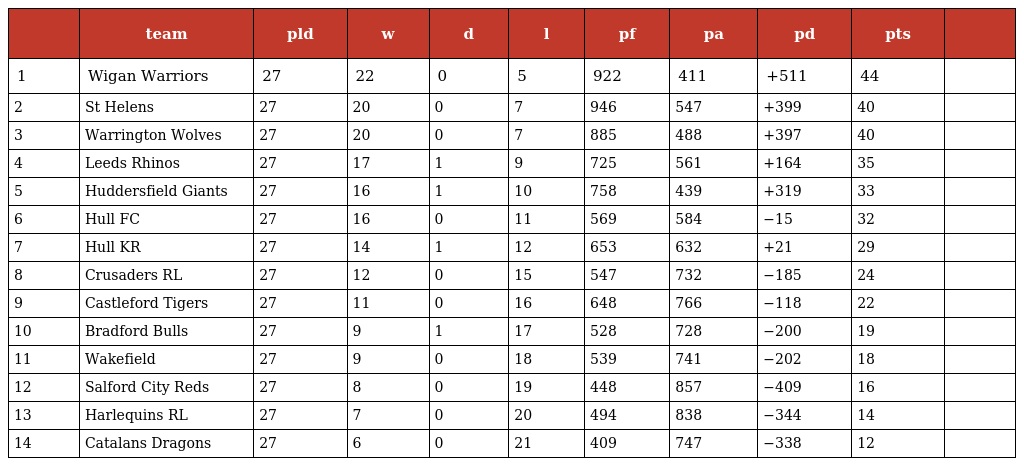
|  | team | pld | w | d | l | pf | pa | pd | pts |  |
 | --- | --- | --- | --- | --- | --- | --- | --- | --- | --- | --- |
 | 1 | Wigan Warriors | 27 | 22 | 0 | 5 | 922 | 411 | +511 | 44 |  |
 | 2 | St Helens | 27 | 20 | 0 | 7 | 946 | 547 | +399 | 40 |  |
 | 3 | Warrington Wolves | 27 | 20 | 0 | 7 | 885 | 488 | +397 | 40 |  |
 | 4 | Leeds Rhinos | 27 | 17 | 1 | 9 | 725 | 561 | +164 | 35 |  |
 | 5 | Huddersfield Giants | 27 | 16 | 1 | 10 | 758 | 439 | +319 | 33 |  |
 | 6 | Hull FC | 27 | 16 | 0 | 11 | 569 | 584 | −15 | 32 |  |
 | 7 | Hull KR | 27 | 14 | 1 | 12 | 653 | 632 | +21 | 29 |  |
 | 8 | Crusaders RL | 27 | 12 | 0 | 15 | 547 | 732 | −185 | 24 |  |
 | 9 | Castleford Tigers | 27 | 11 | 0 | 16 | 648 | 766 | −118 | 22 |  |
 | 10 | Bradford Bulls | 27 | 9 | 1 | 17 | 528 | 728 | −200 | 19 |  |
 | 11 | Wakefield | 27 | 9 | 0 | 18 | 539 | 741 | −202 | 18 |  |
 | 12 | Salford City Reds | 27 | 8 | 0 | 19 | 448 | 857 | −409 | 16 |  |
 | 13 | Harlequins RL | 27 | 7 | 0 | 20 | 494 | 838 | −344 | 14 |  |
 | 14 | Catalans Dragons | 27 | 6 | 0 | 21 | 409 | 747 | −338 | 12 |  |